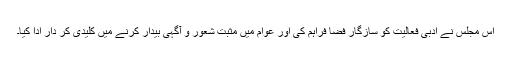
اس مجلس نے ادبی فعالیت کو سازگار فضا فراہم کی اور عوام میں مثبت شعور و آگہی بیدار کرنے میں کلیدی کر دار ادا کیا۔